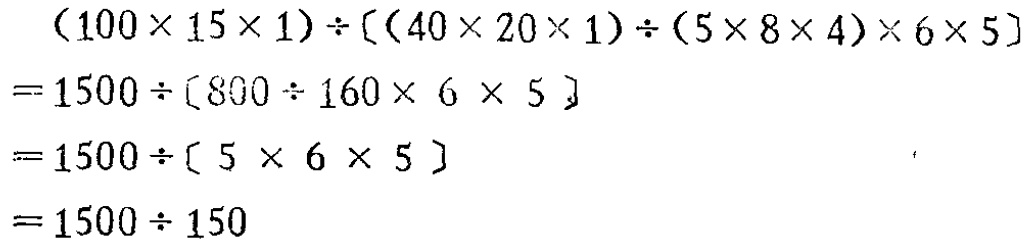
\[
\begin{align*}
&(100\times15\times1)\div[(40\times20\times1)\div(5\times8\times4)\times6\times5]\\
=&1500\div[800\div160\times6\times5]\\
=&1500\div[5\times6\times5]\\
=&1500\div150
\end{align*}
\]